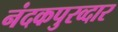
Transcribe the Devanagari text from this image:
नंदकपुरव्दार